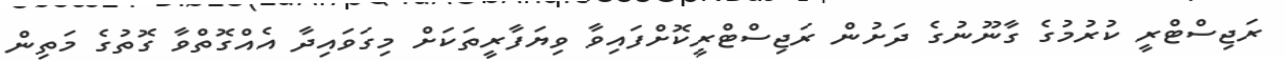
ރަޖިސްޓްރީ ކުރުމުގެ ގާނޫނުގެ ދަށުން ރަޖިސްޓްރީކޮށްފައިވާ ވިޔަފާރީތަކަށް މިގަވައިދާ އެއްގޮތްވާ ގޮތުގެ މަތިން